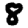
Digit: 8